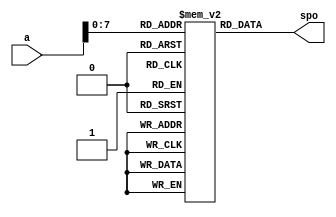
module IRAM (
    input wire[31:0] a,

    output wire[31:0] spo
);

    reg[31:0] inst_array[255:0];

    assign spo = inst_array[a[7:0]];
    
endmodule